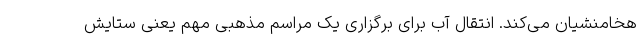
هخامنشیان می‌کند. انتقال آب برای برگزاری یک مراسم مذهبی مهم یعنی ستایش